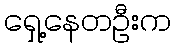
ရှေ့နေတဦးက